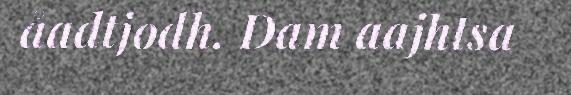
åadtjodh. Dam aajhtsa